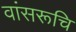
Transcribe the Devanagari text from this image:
वांसरूचि